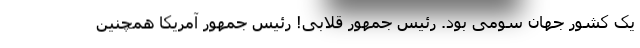
یک کشور جهان سومی بود. رئیس جمهور قلابی! رئیس جمهور آمریکا همچنین